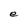
Character: e